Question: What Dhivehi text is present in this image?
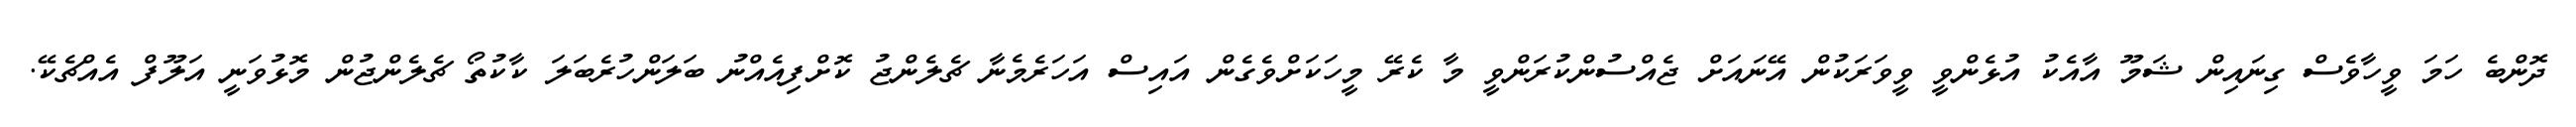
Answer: ދޮންބެ ހަމަ ވީހާވެސް ގިނައިން ޝަމޫ އާއެކު އުޅެންވީ ވީވަރަކުން އޭނައަށް ޖެއްސުންކުރަންވީ މާ ކެރޭ މީހަކަށްވެގެން އައިސް އަހަރެމެނާ ޗެލެންޖު ކޮށްފިއެއްނު ބަލަންހުރެބަލަ ކާކުތޯ ޗެލެންޖުން މޮޅުވަނީ އަލޫފް އެއްޗެކޭ.